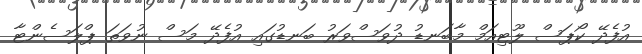
އުފެދޭ ކޯޕަސް ލޫޓިއަމް މާބަނޑު ދުވަސްވަރު ބަނޑުގައި އުފެދޭ މަސް ނުވަތަ ޕްލަސެންޓާ